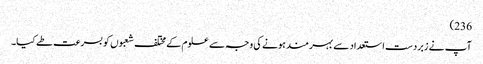
236)
آپ نے زبردست استعداد سے بہر مند ہونے کی وجہ سے علوم کے مختلف شعبوں کو بسرعت طے کیا۔